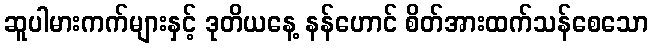
ဆူပါမားကက်များနှင့် ဒုတိယနေ့ နန်ဟောင် စိတ်အားထက်သန်စေသော